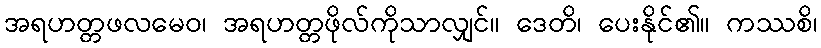
အရဟတ္တဖလမေဝ၊ အရဟတ္တဖိုလ်ကိုသာလျှင်။ ဒေတိ၊ ပေးနိုင်၏။ ကဿစိ၊